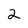
Character: 2